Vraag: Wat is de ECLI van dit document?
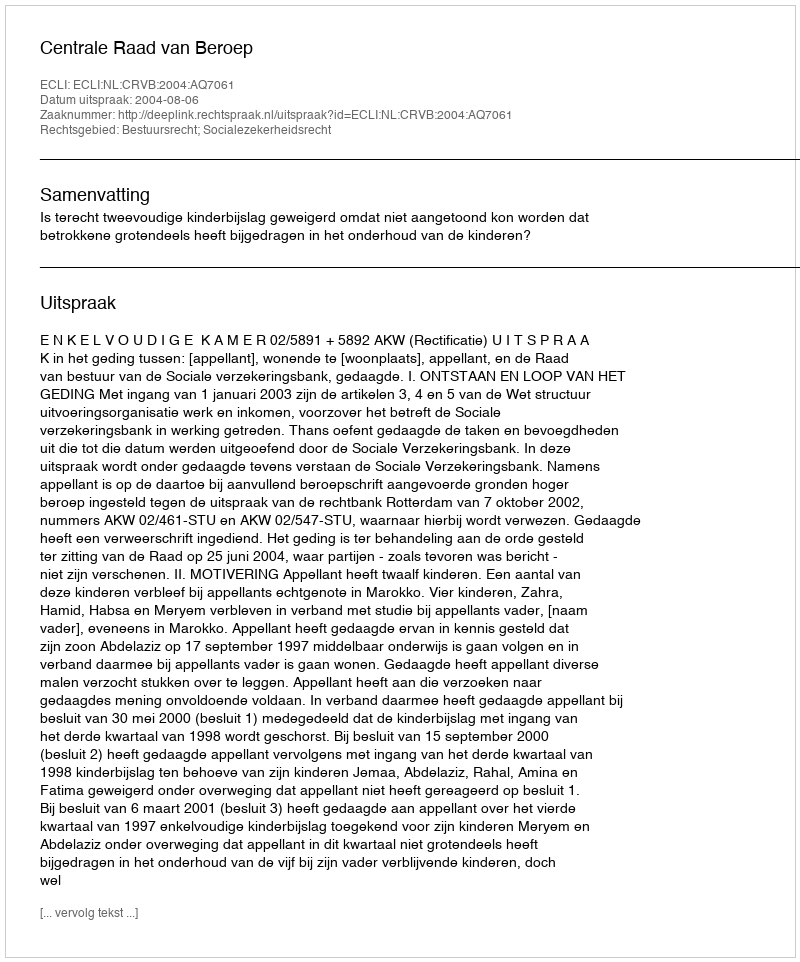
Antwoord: ECLI:NL:CRVB:2004:AQ7061